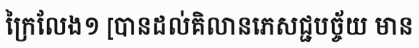
ក្រៃលែង១ [បានដល់គិលានភេសជ្ជបច្ច័យ មាន